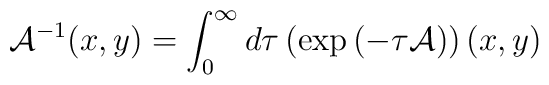
{\cal A}^{-1}(x,y)=\int_{0}^{\infty}d\tau\left(\exp\left(-\tau {\cal A}\right)\right)(x,y)